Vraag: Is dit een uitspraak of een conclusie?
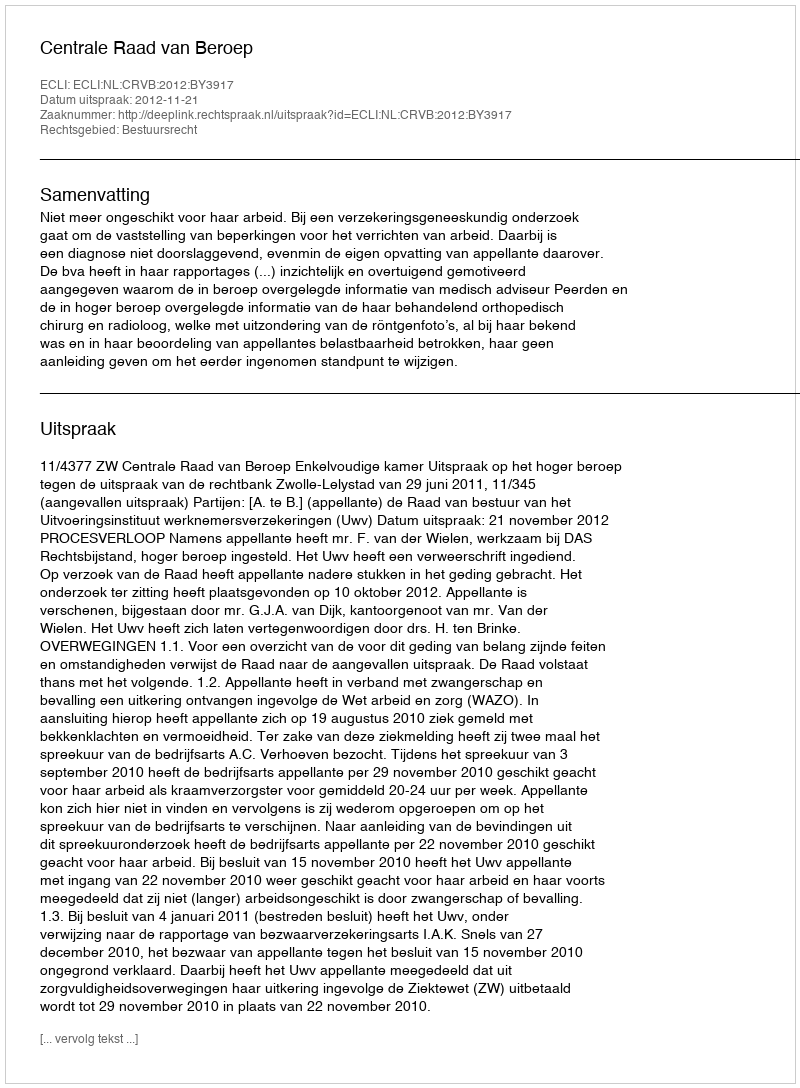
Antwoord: Uitspraak